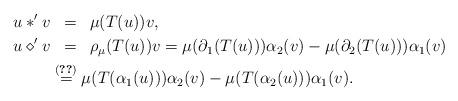
LaTeX: \begin{align*} u \ast' v &\overset{\hphantom{(0.00)}}{=} \mu(T(u)) v, \\ u \diamond' v &\overset{\hphantom{(0.00)}}{=} \rho_\mu(T(u))v = \mu(\partial_1(T(u))) \alpha_2(v) - \mu(\partial_2(T(u))) \alpha_1(v) \\ &\overset{\eqref{eq:oop2}}{=} \mu(T(\alpha_1(u))) \alpha_2(v) - \mu(T(\alpha_2(u))) \alpha_1(v). \end{align*}